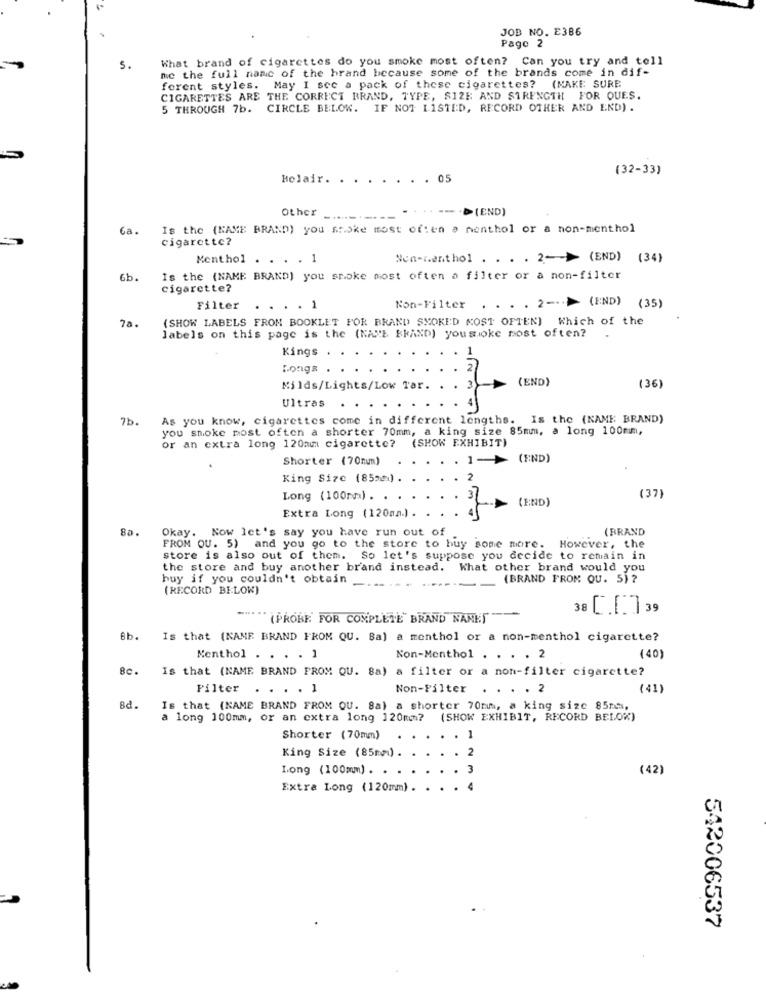
JOB NO. E386
Page 2
What brand of cigarettes do you smoke most often? Can you try and tell
5.
me the full name of the brand because some of the brands come in dif-
forent styles. May I sec a pack of these cigarettes? (MAKE SURE
CIGARETTES ARE THE CORRECT BRAND, TYPE, SIZE AND STRENGTH FOR QUES.
5 THROUGH 7b. CIRCLE BELOK. IF NOT LISTED, RECORD OTHER AND END) .
(32-33)
Belair.
. . . 05
>(END)
Other
Ca.
Is the (NAME BRAND) you stoke most often a nenthol or a non-menthol
cigarette?
Menthol . . . . 1
Non-menthol . . . . 2-> (END) (34)
6b.
Is the (NAME BRAND) you smoke most often a filter or a non-filter
cigarette?
Filter
...
1
Non-Filter
. 2 -- > (END) (35)
(SHOW LABELS FROM BOOKLET FOR BRAND SMOKED KOST OFTEN) Which of the
7a.
labels on this page is the (NAME BRAND) yousioke most often?
Kings
Longs
(END)
Milds/Lights/Low Tar.
(36)
Ultras
7b.
As you know, cigarettes come in different lengths. Is the (NAME BRAND)
you smoke most often a shorter 70mm, a king size 85mm, a long 100mm,
(SHOW EXHIBIT)
or an extra long 120an cigarette?
Shorter (70nm)
1-
(END)
King Size (85mm) .
12
(37)
Long (100mm) . .
(END)
Extra Long (120an.)
8a.
Okay. Now let's say you have run out of
(BRAND
FROM OU. 5) and you go to the store to buy some more. However, the
store is also out of them. So let's suppose you decide to remain in
the store and buy another brand instead. What other brand would you
huy if you couldn't obtain
_ (BRAND FROM QU. 5) ?
(RECORD BELOW)
------
-..
38 39
"(PROBE FOR COMPLETE BRAND NAMES
8b.
Is that (NAME BRAND FROM QU. Ba) a monthol or a non-menthol cigarette?
Menthol . . . . 1
Non-Menthol . . . . 2
(40)
8c.
Is that (NAME BRAND FROM QU. 8a) a filter or a non-filter cigarette?
Filter . . . . 1
Non-Filter
(41)
Bd.
Is that (NAME BRAND FROM QU. Sa) a shorter 70mmm, a king size 85mm,
a long 100mm, or an extra long 120mm? (SHOW EXHIBIT, RECORD BELOW)
Shorter (70mm)
. 1
King Size (85mm).
. 2
Long (100mm) . .
3
(42)
Extra Long (120mm). . . .
4
542006537